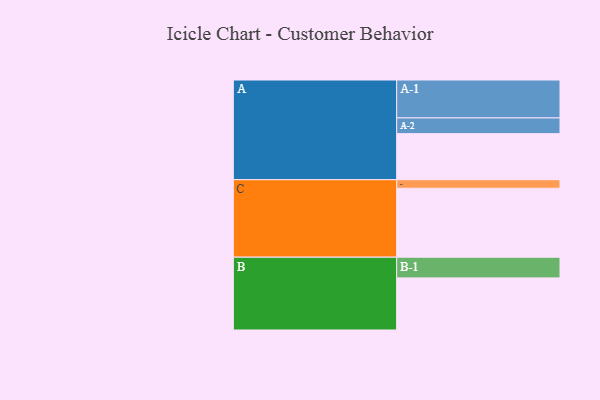
{"axis": {"x": "Segment", "y": "Value"}, "legend": ["", "A", "B", "C"], "data": [{"x": "A", "y": 334, "type": ""}, {"x": "B", "y": 378, "type": ""}, {"x": "C", "y": 500, "type": ""}, {"x": "A-1", "y": 275, "type": "A"}, {"x": "A-2", "y": 114, "type": "A"}, {"x": "B-1", "y": 150, "type": "B"}, {"x": "C-1", "y": 62, "type": "C"}]}